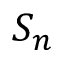
S _ { n }